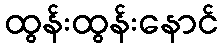
ထွန်းထွန်းနောင်